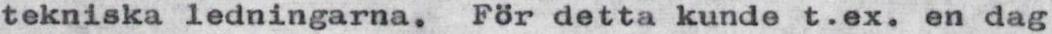
tekniska ledningarna. För detta kunde t.ex. en dag